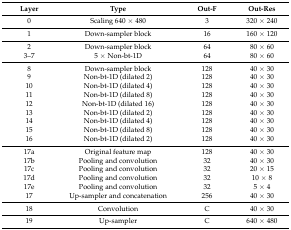
| Layer | Type | Out-F | Out-Res |
 | --- | --- | --- | --- |
 | 0 | Scaling 640 × 480 | 3 | 320 × 240 |
 | 1 | Down-sampler block | 16 | 160 × 120 |
 | 2 | Down-sampler block | 64 | 80 × 60 |
 | 3–7 | 5 × Non-bt-1D | 64 | 80 × 60 |
 | 8 | Down-sampler block | 128 | 40 × 30 |
 | 9 | Non-bt-1D (dilated 2) | 128 | 40 × 30 |
 | 10 | Non-bt-1D (dilated 4) | 128 | 40 × 30 |
 | 11 | Non-bt-1D (dilated 8) | 128 | 40 × 30 |
 | 12 | Non-bt-1D (dilated 16) | 128 | 40 × 30 |
 | 13 | Non-bt-1D (dilated 2) | 128 | 40 × 30 |
 | 14 | Non-bt-1D (dilated 4) | 128 | 40 × 30 |
 | 15 | Non-bt-1D (dilated 8) | 128 | 40 × 30 |
 | 16 | Non-bt-1D (dilated 2) | 128 | 40 × 30 |
 | 17a | Original feature map | 128 | 40 × 30 |
 | 17b | Pooling and convolution | 32 | 40 × 30 |
 | 17c | Pooling and convolution | 32 | 20 × 15 |
 | 17d | Pooling and convolution | 32 | 10 × 8 |
 | 17e | Pooling and convolution | 32 | 5 × 4 |
 | 17 | Up-sampler and concatenation | 256 | 40 × 30 |
 | 18 | Convolution | C | 40 × 30 |
 | 19 | Up-sampler | C | 640 × 480 |